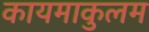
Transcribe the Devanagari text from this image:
कायमाकुलम